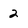
Character: 2